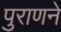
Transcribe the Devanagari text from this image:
पुराणने